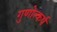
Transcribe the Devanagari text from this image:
गुणोत्कर्ष